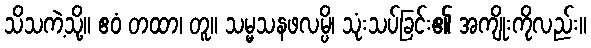
သိသကဲ့သို့။ ဧဝံ တထာ၊ တူ။ သမ္မသနဖလမ္ပိ၊ သုံးသပ်ခြင်း၏ အကျိုးကိုလည်း။